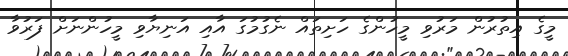
މީގެ އިތުރުން މަރުވި މީހުންގެ ހަށިތައް ނެގުމުގަ އާއި އަނިޔާވި މީހުންނަށް ފަރުވާ